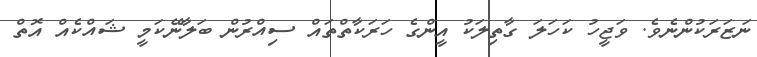
ނަޒަރަކުންނެވެ. ވަޖީހު ކަހަލަ ގާތިލަކު އީންގެ ހަރަކާތްތައް ސިއްރުން ބަލާނޭކަމީ ޝައްކެއް އޮތް